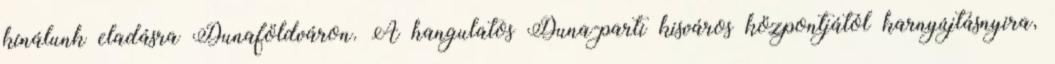
kínálunk eladásra Dunaföldváron. A hangulatos Duna-parti kisváros központjától karnyújtásnyira,